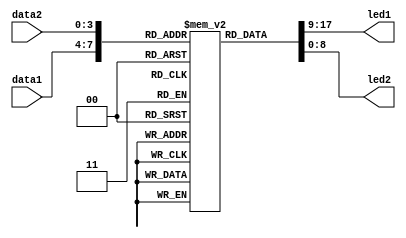
//decoder.v
//Cl
//2019.10.27

module decoder (input wire[3:0] data1,
					 input wire[3:0] data2,
                output wire[8:0] led1,
					 output wire[8:0] led2);
    reg[8:0] seg[9:0];
	 initial
        begin
           seg[0] = 9'h3f;                                           //9'b00_0011_1111,DP7  0
	        seg[1] = 9'h06;                                           //7  1
	        seg[2] = 9'h5b;                                           //7  2
	        seg[3] = 9'h4f;                                           //7  3
	        seg[4] = 9'h66;                                           //7  4
	        seg[5] = 9'h6d;                                           //7  5
	        seg[6] = 9'h7d;                                           //7  6
	        seg[7] = 9'h07;                                           //7  7
	        seg[8] = 9'h7f;                                           //7  8
	        seg[9] = 9'h6f;                                           //7  9
        end
    assign led1 = seg[data1];
    assign led2 = seg[data2];
endmodule